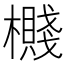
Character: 㰄